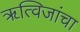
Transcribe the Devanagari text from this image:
ॠत्विजांचा